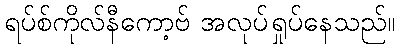
ရပ်စ်ကိုလ်နီကော့ဗ် အလုပ်ရှုပ်နေသည်။